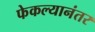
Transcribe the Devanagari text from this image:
फेकल्यानंतर